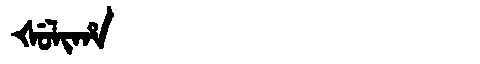
Manchu: ᡧᡠᠯᡳᡥᠠ
Romanization: ŠULIHA